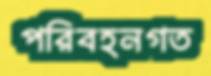
পরিবহনগত